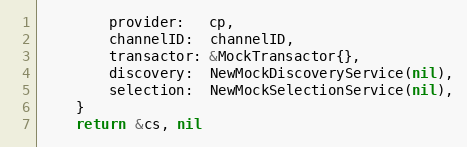
Language: Go
		provider:   cp,
		channelID:  channelID,
		transactor: &MockTransactor{},
		discovery:  NewMockDiscoveryService(nil),
		selection:  NewMockSelectionService(nil),
	}
	return &cs, nil